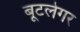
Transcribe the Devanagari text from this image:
बूटलेगर